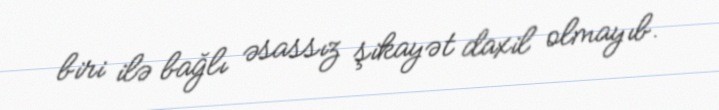
biri ilə bağlı əsassız şikayət daxil olmayıb.